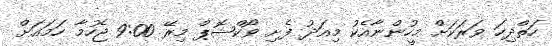
ހަތްދިހަ ވަރަކަށް މީހުންނާއެކު މިއަދު ފެށި ވޯކްޝޮޕް މިރޭ 9:00 ޖެހުމާ ހަމައަށް